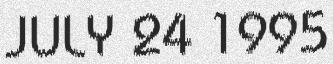
JULY 24 1995